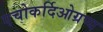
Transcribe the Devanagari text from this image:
एचोकर्दिओग्रप्य